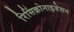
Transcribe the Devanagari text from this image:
रिसिंक्रोनाइजेशन